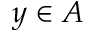
y \in A